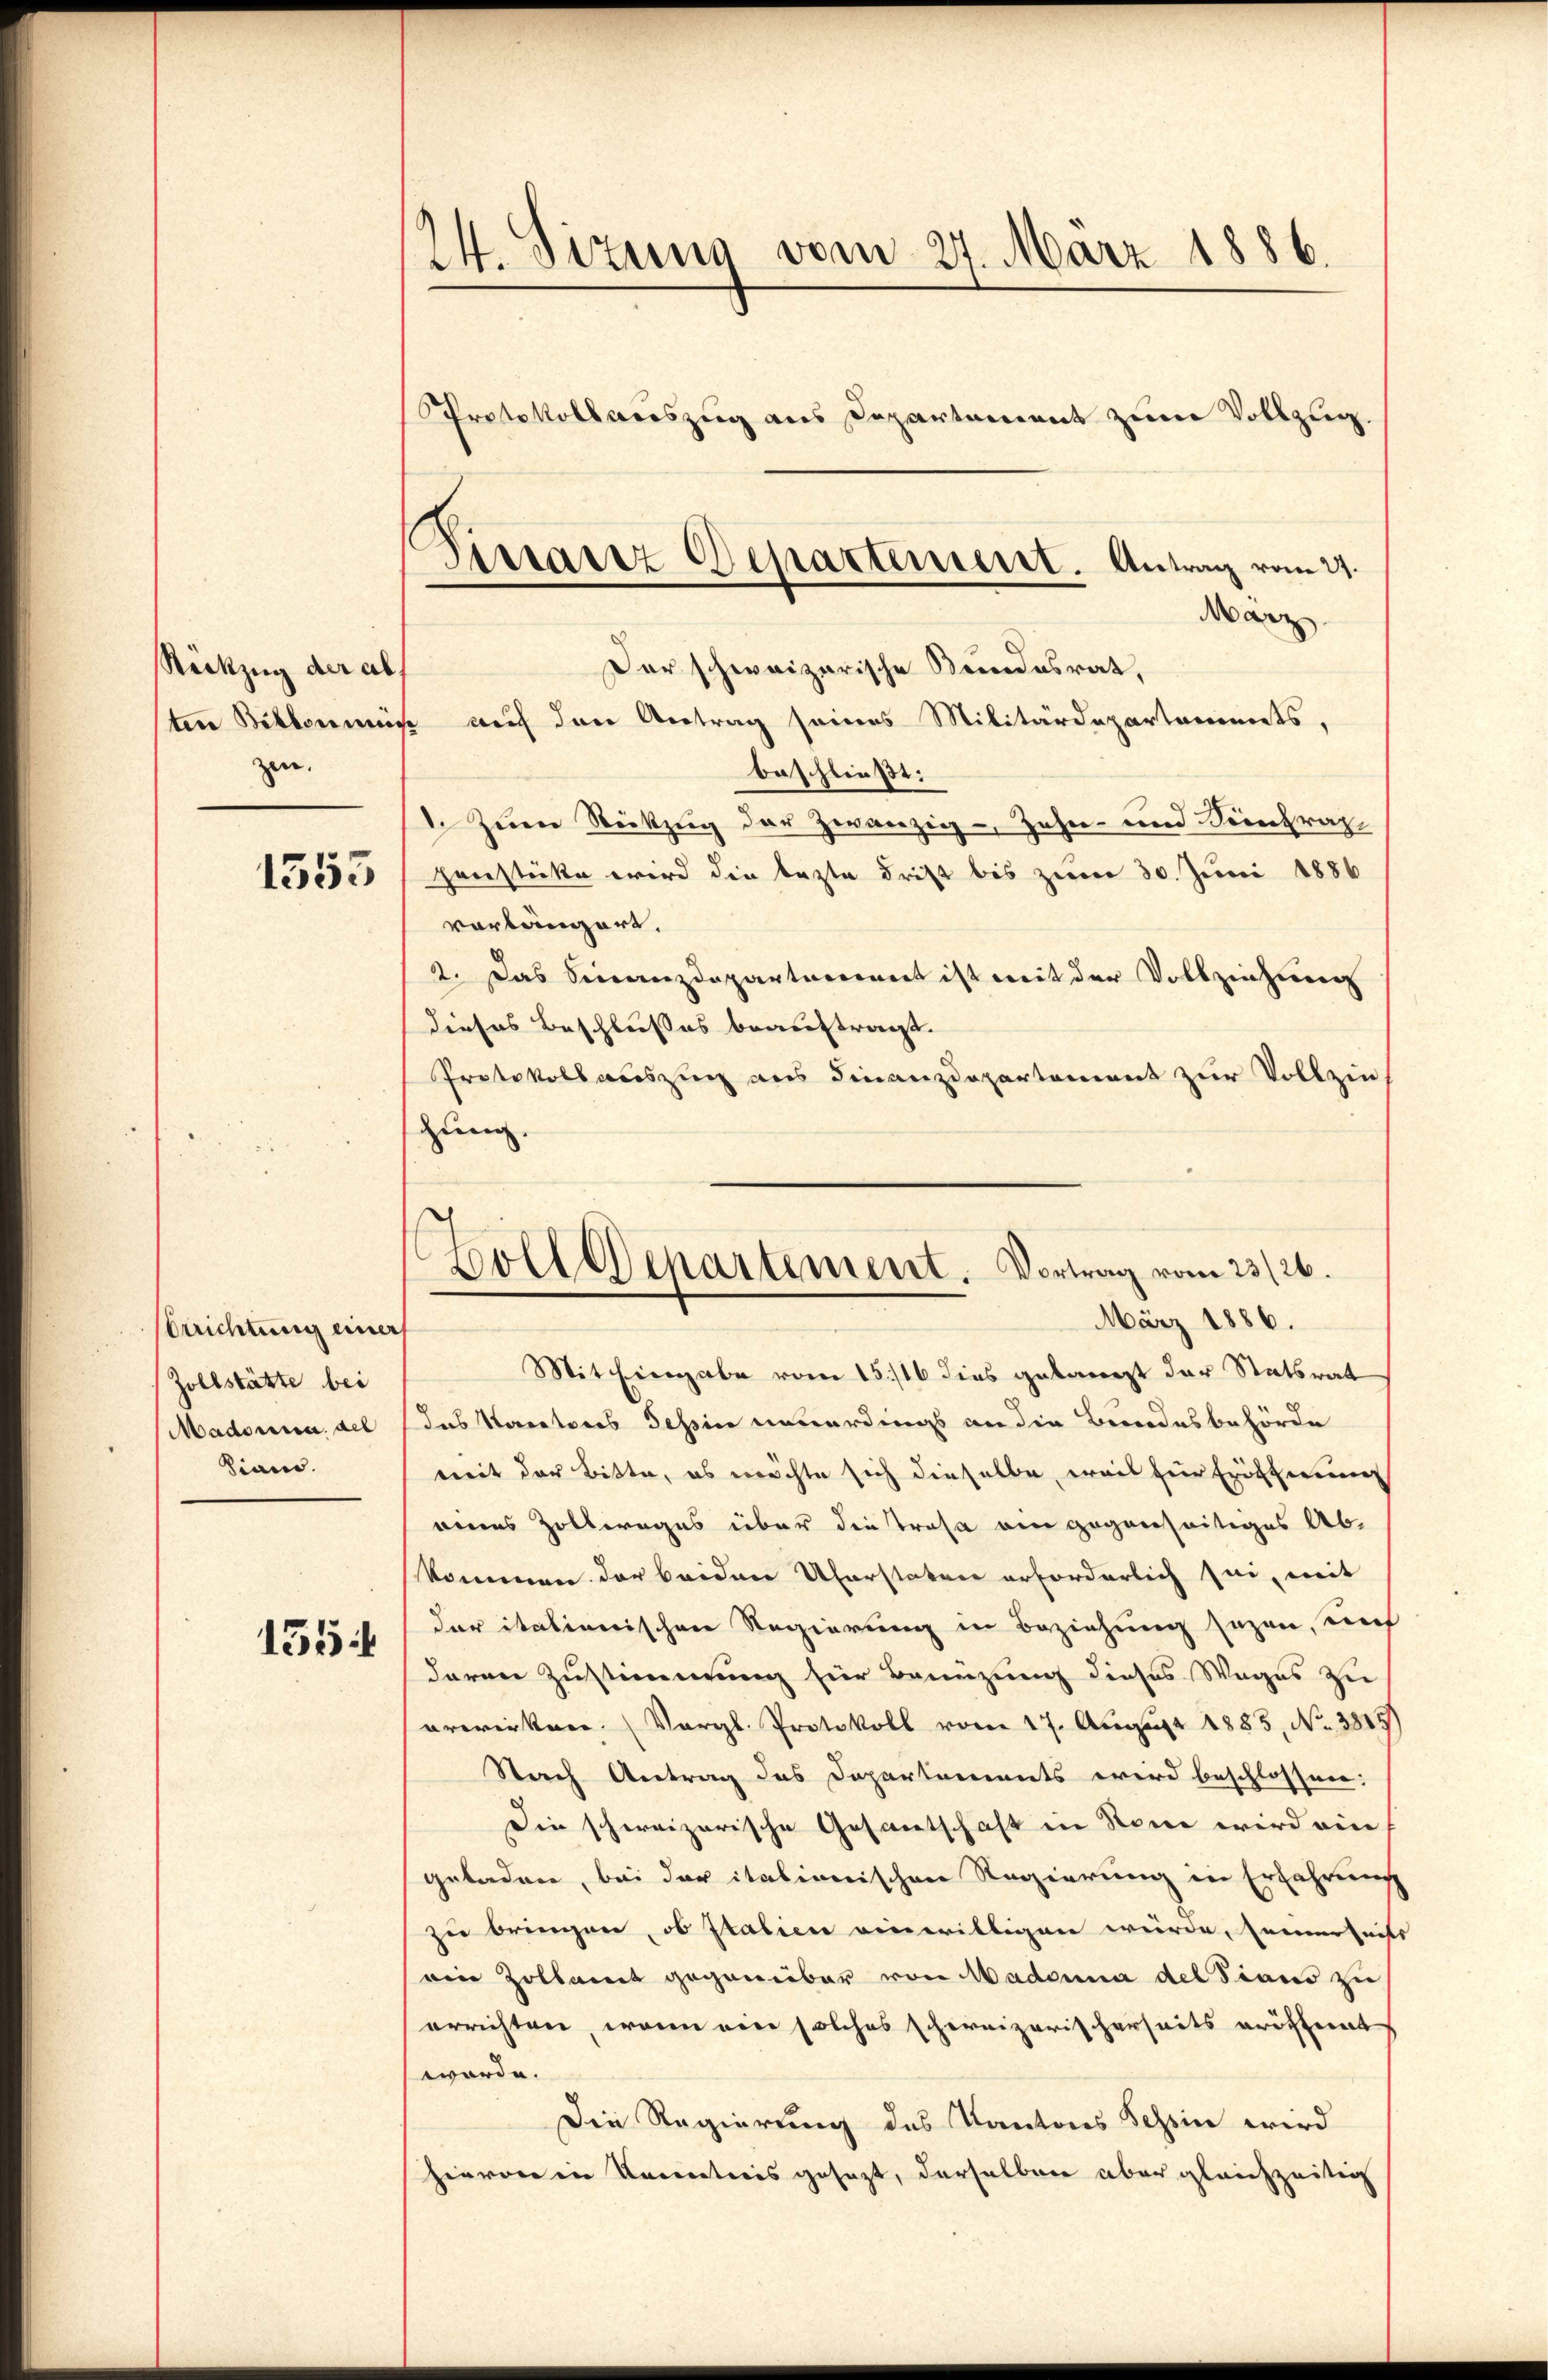
Rückzug der ab.
zen.
1555

rrichtung einer
Zollstätte bei
Madonia del
Sian.

155

24. Sizung vom 27. März 1886.
Protokollauszug aus Departement zum Vollzug.

März
Der schweizerische Kindesrat,
sten Bitkommis auf den Antrag seines Militärdepartements,
beschließt:
1. Zum Rückzug der zwanzig - Zahn- und Dienfrag
Henstücke wird die lezte Frist bis zum 30. Juni 1886
vorlängert,
2. Das Finanzdepartement ist mit der Vollziehung
dieses Beschlusses beauftragt.
Protokoll auszug aus Finanzdepartement zur Vollzin
zung.
Mit hiergabe vom 15./16 dies geborenzt der Statsrat
das Kantons Tessin neuerdings an die Bundesbehörde
mit der Bitte, es möchte sich dieselbe, weil für Eröffnung
nenes Zollweges über die Trasa ein gegenseitiges Ab-
kommen der beiden Uferstaten erforderlich sei, mit
der italienischen Regierung in Beziehung sagen, unf
daren Zustimmung hier Bannzung dieses Weges zu
erwirken. (Vergl. Protokoll vom 17. August 1885, No 3815
Nach Antrag des Departements wird beschlossen:
Die schweizerische Gesantschaft in Rom wird ein
geladen, bei der italionischen Regierung in Erfahrung
zu bringen, ob Italien einwilligen würde, seinerseits
ein Zollamt gegenüber von Mademia del Tians zu
errichten, wenn ein solches schweizerischerseits eröffnet
worde.
Die Regierung des Kantons Schein wird
hievon in Racenticis gesezt, derselben aber gleichzeitig

Lissaroz Departement. Antrag vom 27.

Boll Departement. Vortrag vom 23/26.
März 1886.